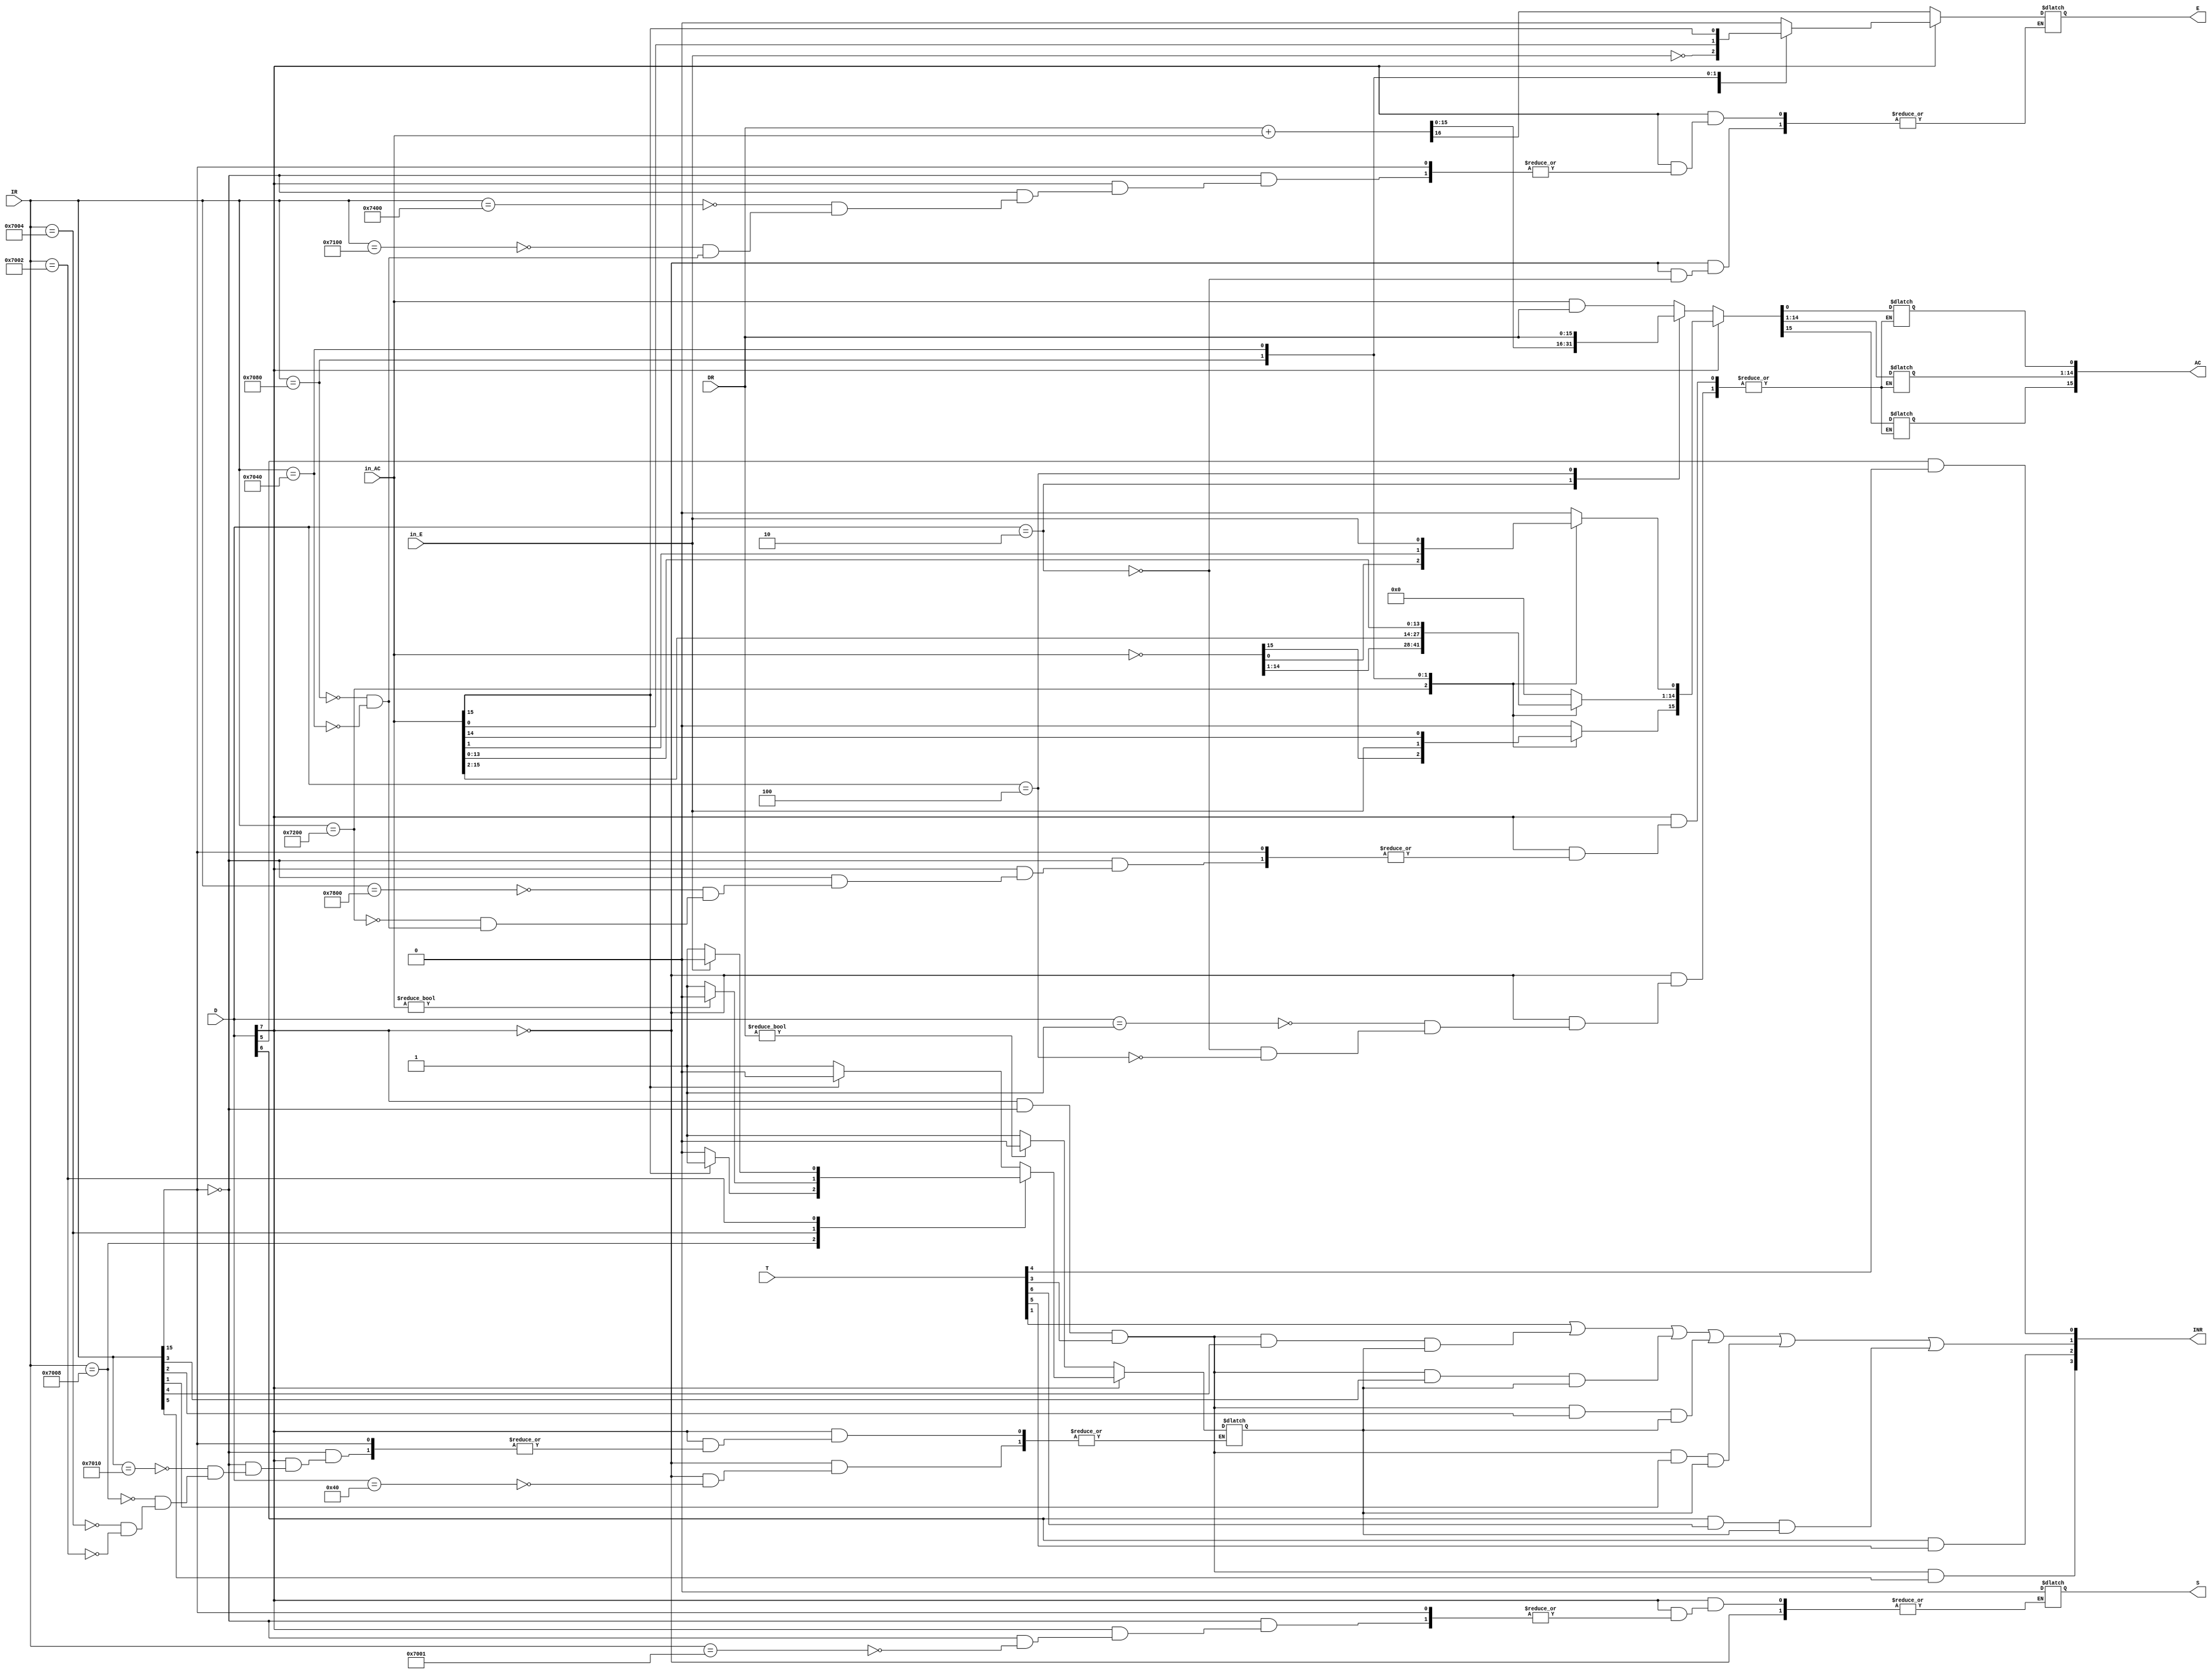
`timescale 1ns / 1ps

module arithmetic_logic_unit( input [15:0] DR, in_AC,
                                input in_E,
                                input [7:0] D,
                                input [15:0] IR,
                                input [15:0] T,
                                output [3:0] INR,
                                output reg E,
                                output reg S,
                                output reg [15:0] AC
                                );
                                
    reg INR_CONDITIONS;
    assign INR[0] = (D[5] && T[4]); //AR
    assign INR[1] = T[1] || ((D[7] && (~IR[15]) && T[3]/*r*/) && IR[4] && INR_CONDITIONS) || ((D[7] && (~IR[15]) && T[3]/*r*/) && IR[3] && INR_CONDITIONS) || ((D[7] && (~IR[15]) && T[3]/*r*/) && IR[2] && INR_CONDITIONS) || ((D[7] && (~IR[15]) && T[3]/*r*/) && IR[1] && INR_CONDITIONS) || (D[6] && T[6] && INR_CONDITIONS); //PC
    assign INR[2] = (D[6] && T[5]); //DR
    assign INR[3] = ((D[7] && (~IR[15]) && T[3]/*r*/) && IR[5]); //AC
    

    initial begin
        S = 1;
    end

    always @*
    if (~D[7])                                             /// Mem ref
      case (D)
           01 : AC = in_AC & DR;                                            //AND
           02 : {E,AC} = DR + in_AC;                                        //ADD
           04 : AC = DR;                                                    //LDA
           64 : INR_CONDITIONS = DR ? 0 : 1;
        endcase
    else
        if(~(IR[15]))                                      /// reg ref
            case (IR)
                16'h7800 :  AC <= 16'h0;                                    //CLA
                16'h7400 :  E = 0;                                     //CLE
                16'h7200 :  AC = ~in_AC;                                    //CMA
                16'h7100 :  E = ~in_E;                                      //CME
                16'h7080 :  begin  AC <= (in_AC >> 1);                      //CIR
                                   AC[15] <= in_E;
				                   E <= in_AC[0];  
                            end 
				16'h7040 :  begin  AC <= (in_AC << 1);                      //CIL
					               AC[0] <= in_E;
					               E <= in_AC[15]; 
                            end
			    16'h7010 :  INR_CONDITIONS = in_AC[15] ? 0 : 1;             //SPA
			    16'h7008 :  INR_CONDITIONS = in_AC[15] ? 1 : 0;             //SNA
			    16'h7004 :  INR_CONDITIONS = in_AC ? 0 : 1;                 //SZA
			    16'h7002 :  INR_CONDITIONS = in_E ? 0 : 1;                  //SZE
			    16'h7001 :  S = 0;                                          //HLT
            endcase
        
endmodule